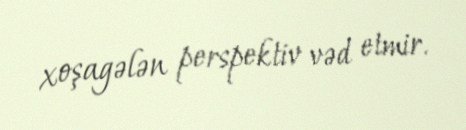
xoşagələn perspektiv vəd etmir.